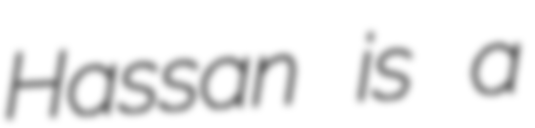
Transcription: Hassan is a